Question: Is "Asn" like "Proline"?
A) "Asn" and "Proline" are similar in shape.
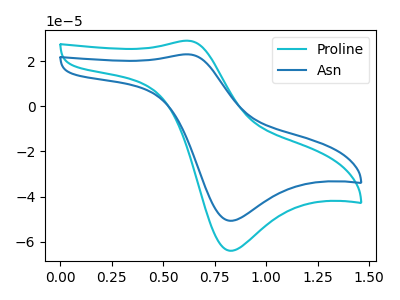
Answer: <think>The cyan curve "Proline" has an anodic peak at (0.60V, 29.05uA) and a cathodic peak at (0.80V, -64.00uA). The blue curve "Asn" has an anodic peak at (0.60V, 23.00uA) and a cathodic peak at (0.80V, -50.70uA).
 All the peaks in "Asn" have a peak in "Proline" at the same potential. Every peak in "Asn" is lower than every peak in "Proline".</think>
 <answer>A) "Asn" and "Proline" are similar in shape.</answer>
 <eval>A</eval>